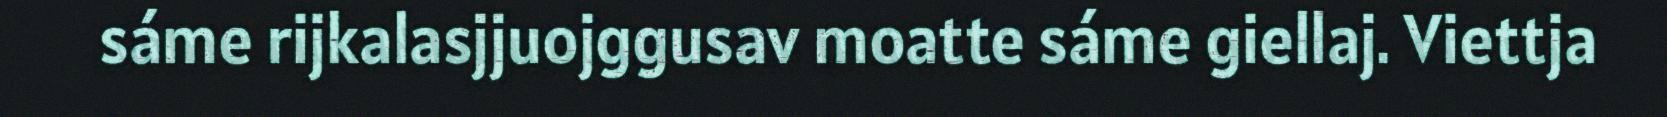
sáme rijkalasjjuojggusav moatte sáme giellaj. Viettja